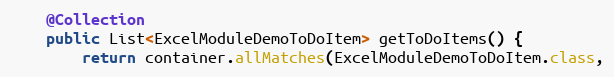
Language: Java
    @Collection
    public List<ExcelModuleDemoToDoItem> getToDoItems() {
        return container.allMatches(ExcelModuleDemoToDoItem.class,